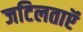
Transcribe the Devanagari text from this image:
जटिलताऍं